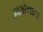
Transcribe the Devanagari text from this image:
अवसरेडाक्टर